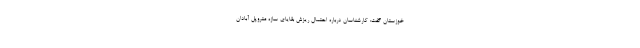
خوزستان گفت: کارشناسان درباره احتمال ریزش بقایای سازه متروپل آبادان